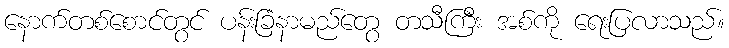
နောက်တစ်စောင်တွင် ပန်းခြံနာမည်တွေ တသီကြီး အစ်ကို ရေးပြလာသည်။